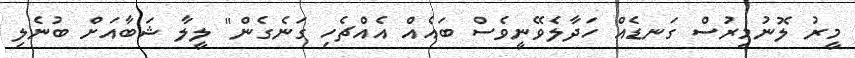
މީރު ލޮނުމިރުސް ގަނޑެއް ހަދާލެވޭނީވެސް ބައެއް އެއްޗެހި ގަނެގެން" ލީލާ ޝަބާއަށް ބުނެލި